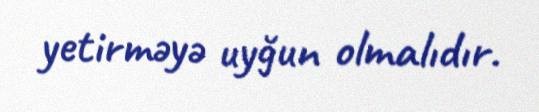
yetirməyə uyğun olmalıdır.